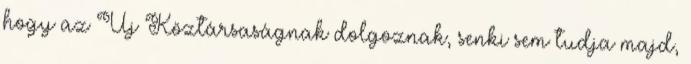
hogy az Új Köztársaságnak dolgoznak, senki sem tudja majd,